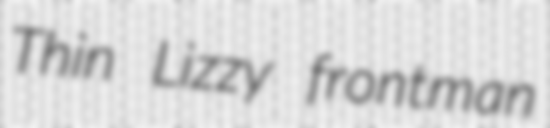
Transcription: Thin Lizzy frontman